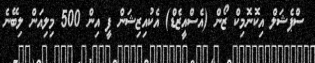
ސްޕެޝަލް އިކޮނޮމިކް ޒޯން (އެސްއީޒެޑް) އެކުއިޒިޝަން ފީ އިން 500 މިލިއަން ލިބޭނެ